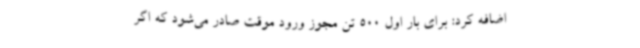
اضافه ‌کرد: برای بار اول 500 تن مجوز ورود موقت صادر می‌شود که اگر